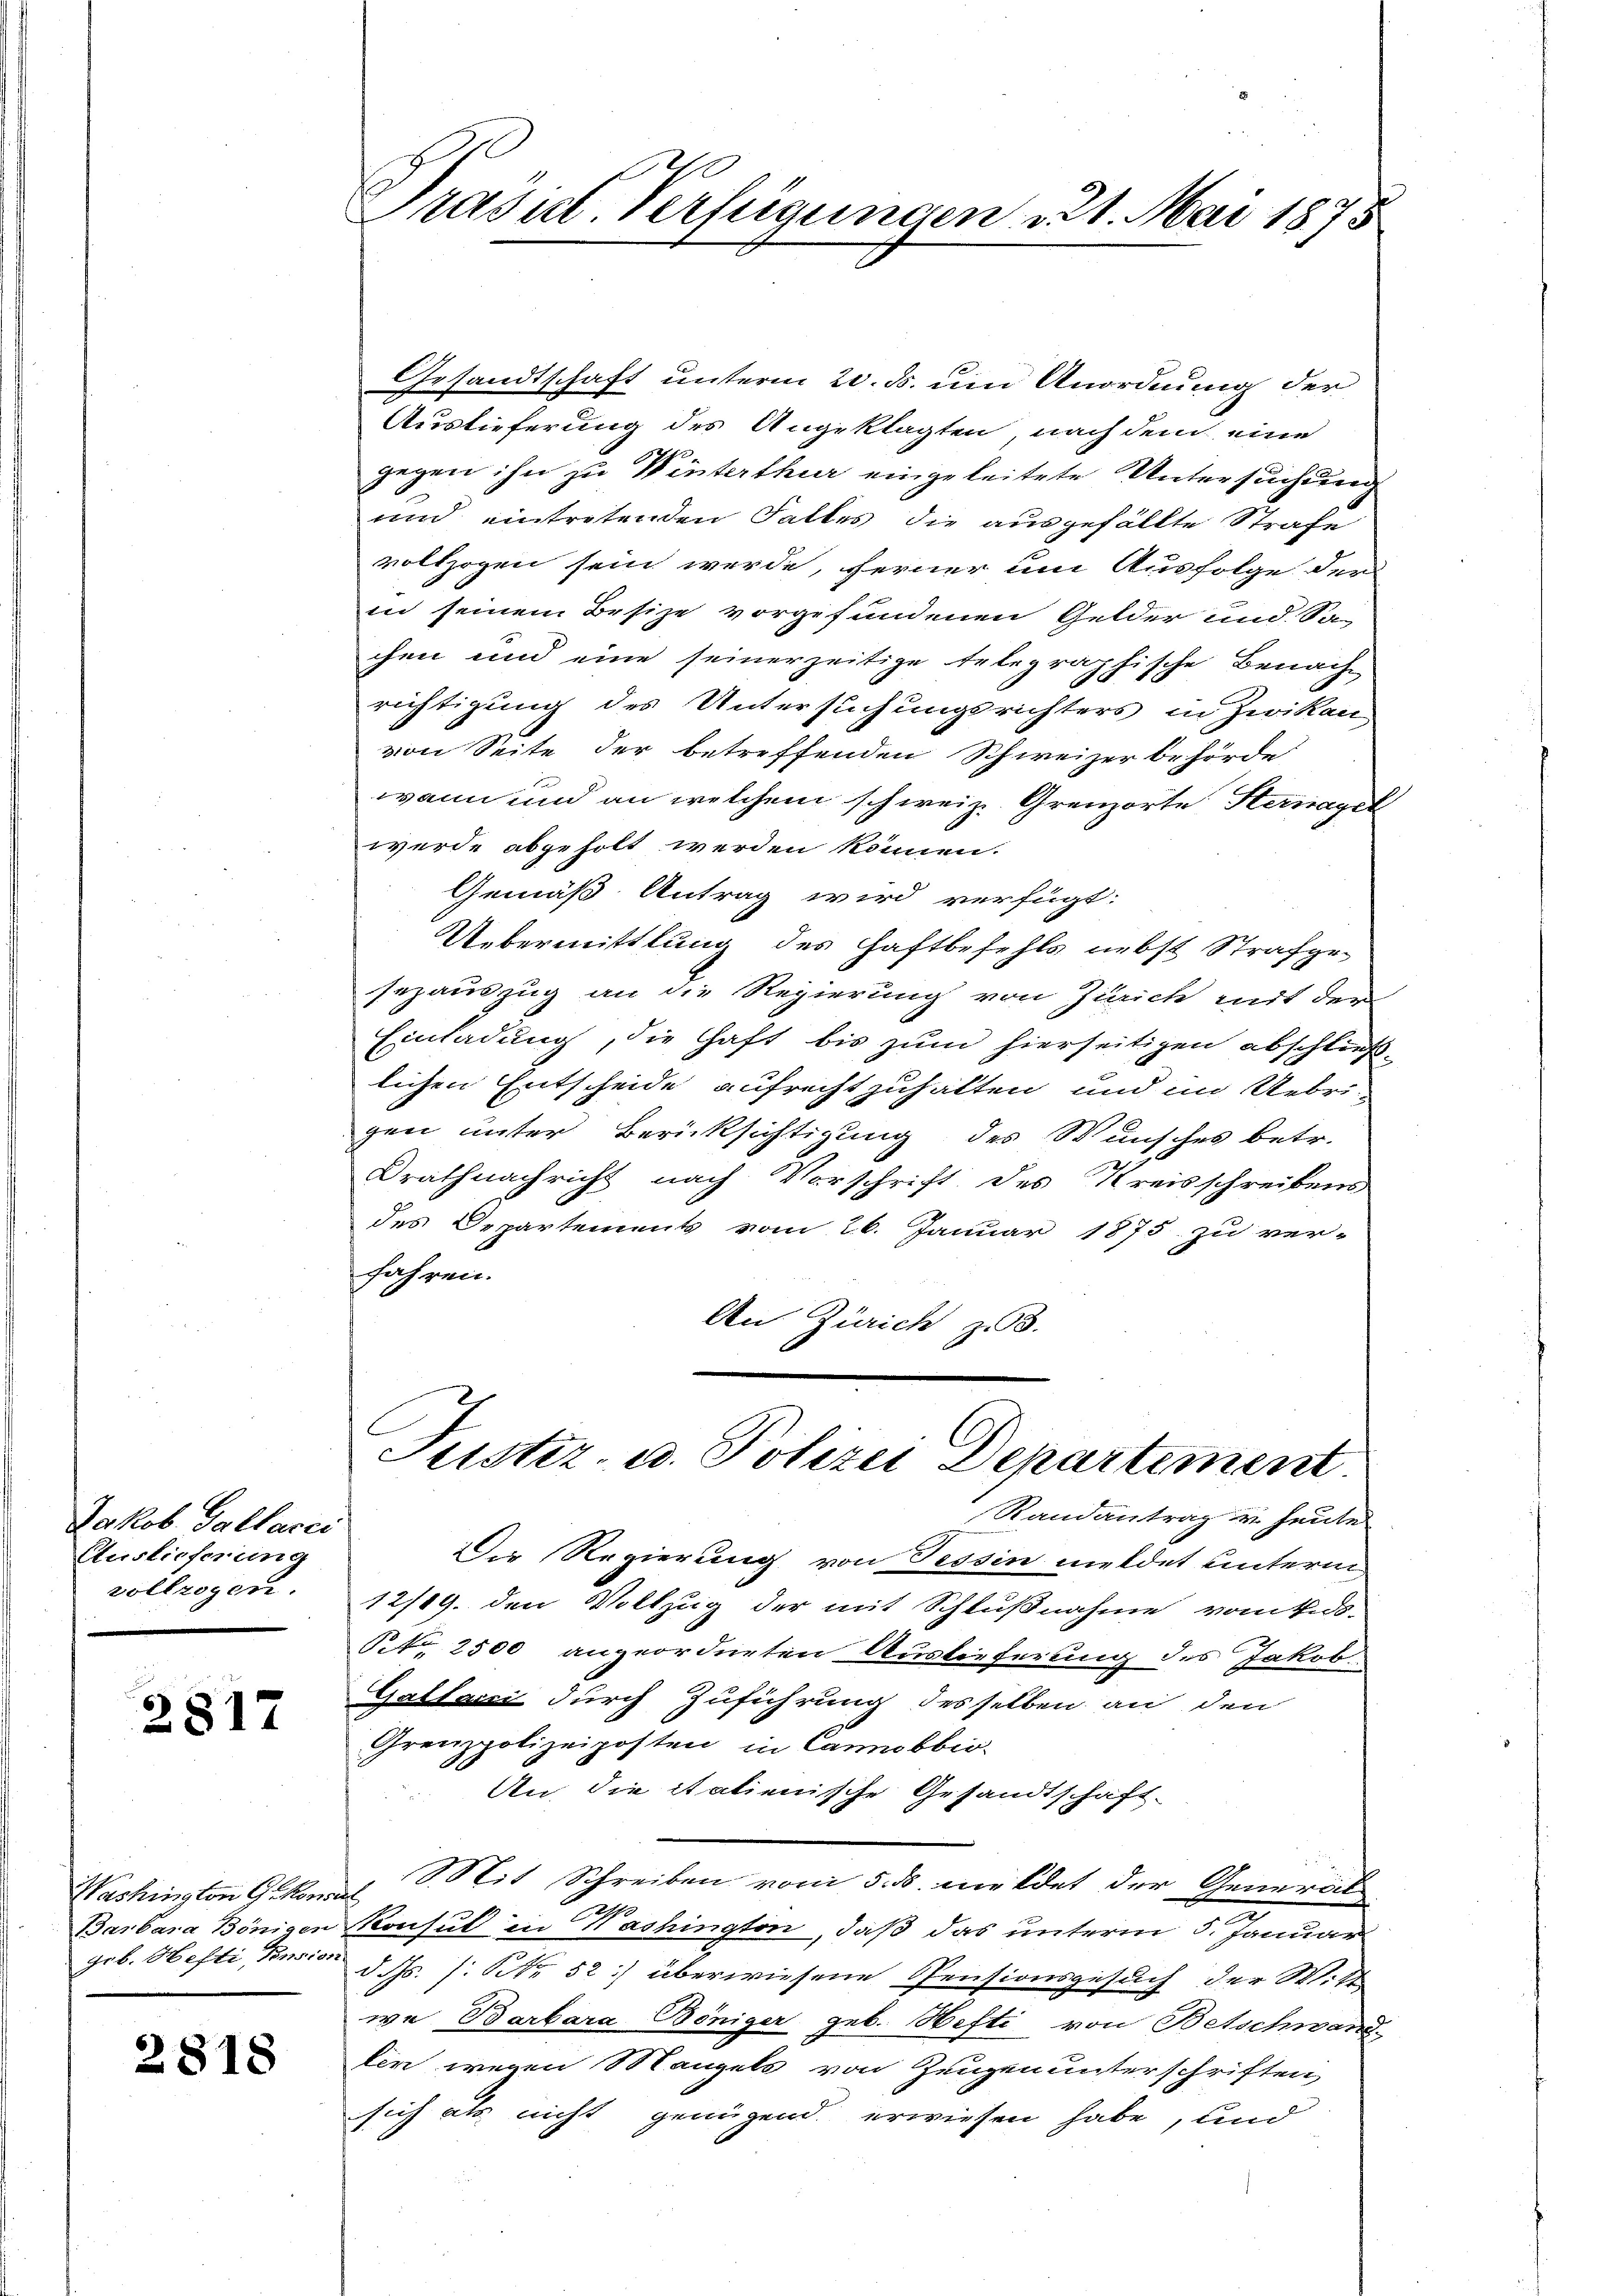
Jakob Gallaces
Auslieferung
vollzogen.

2817

Washington G. kons
geb. Hefti, Pension

2818

Prašict-Verfügungen 21. Mai 1875

Gesandtschaft unterm 20. ds. um Anordnung der
Auslieferung des Angeklagten nach dem eine
gegen ihn zu Winterthur eingeleitete Untersuchung
und eintretenden Falles die ausgefällte Strafe
vollzogen sein werde, ferner um Ausfolge der
in seinem Besize vorgefundenen Gelder und Sa-
chen und eine seinerzeitige Telegraphische Benachrichtigung des Untersuchungsrichters in Zwikan
von Seite der betreffenden Schweizer behörde
wann und an welchem schweiz. Grenzorte Sternagel
wurde abgeholt werden können.
Gemäß Antrag wird verfügt:
Uebermittlung des Haftbefehls nebst Strafgesezauszug an die Regierung von Zürich mit der
Einladung, die Haft bis zum hierseitigen abschließlichen Entscheide aufrechtzuhalten und im Uebrigen unter Berücksichtigung des Wunsches betr.
Drath nachricht nach Vorschrift des Kreisschreibens
des Departements vom 26. Januar 1875 zu ver-
fahren.
An Zürich z. B.

Justiz- u. Polizei Departement

Randantrag u. heute
Die Regierung von Tessin meldet untern
12/19. den Vollzug der mit Schlußnahme vom Ends-
No 2500 angeordneten Auslieferung des Jakob-
Galtani durch Zuführung desselben an den
Grenzpolizeiposten in Canobbio.
An die italienische Gesandtschaft-
Mit Schreiben vom 5. ds. meldet der General
s
Barbara Bönigen Konsul in Washington, daß das unterm 5. Januar
d. Js. f. No 52) überwiesene Pensionsgesuch der Witt
we Barbara Böniger geb. Hefti, von Betschwand-
lin wegen Mangels von Zeugen unterschriften,
sich als nicht genügend erwiesen habe, und